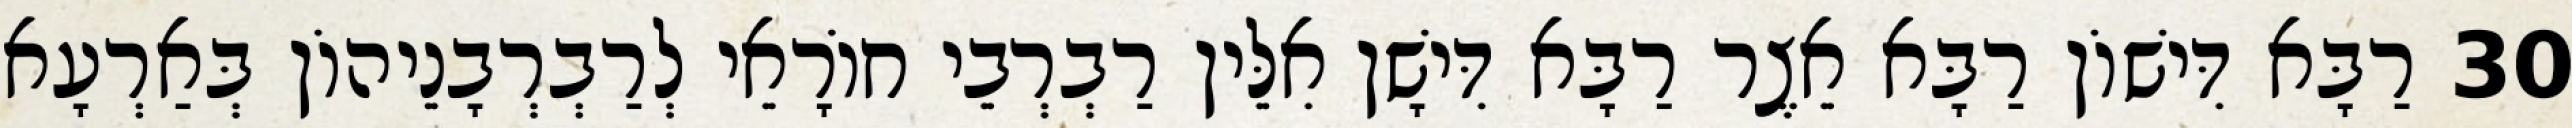
30 רַבָּא דִּישׁוֹן רַבָּא אֵצֶר רַבָּא דִּישָׁן אִלֵּין רַבְרְבֵי חוֹרָאֵי לְרַבְרְבָנֵיהוֹן בְּאַרְעָא